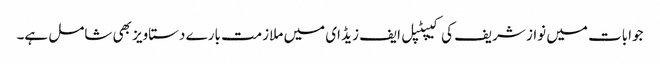
جوابات میں نواز شریف کی کیپٹپل ایف زیڈ ای میں ملازمت بارے دستاویز بھی شامل ہے۔